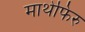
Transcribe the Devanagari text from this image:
माथेफिरु